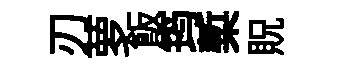
刃萝飯筠槧貺